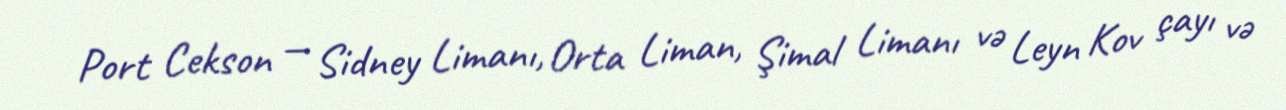
Port Cekson — Sidney Limanı, Orta Liman, Şimal Limanı və Leyn Kov çayı və